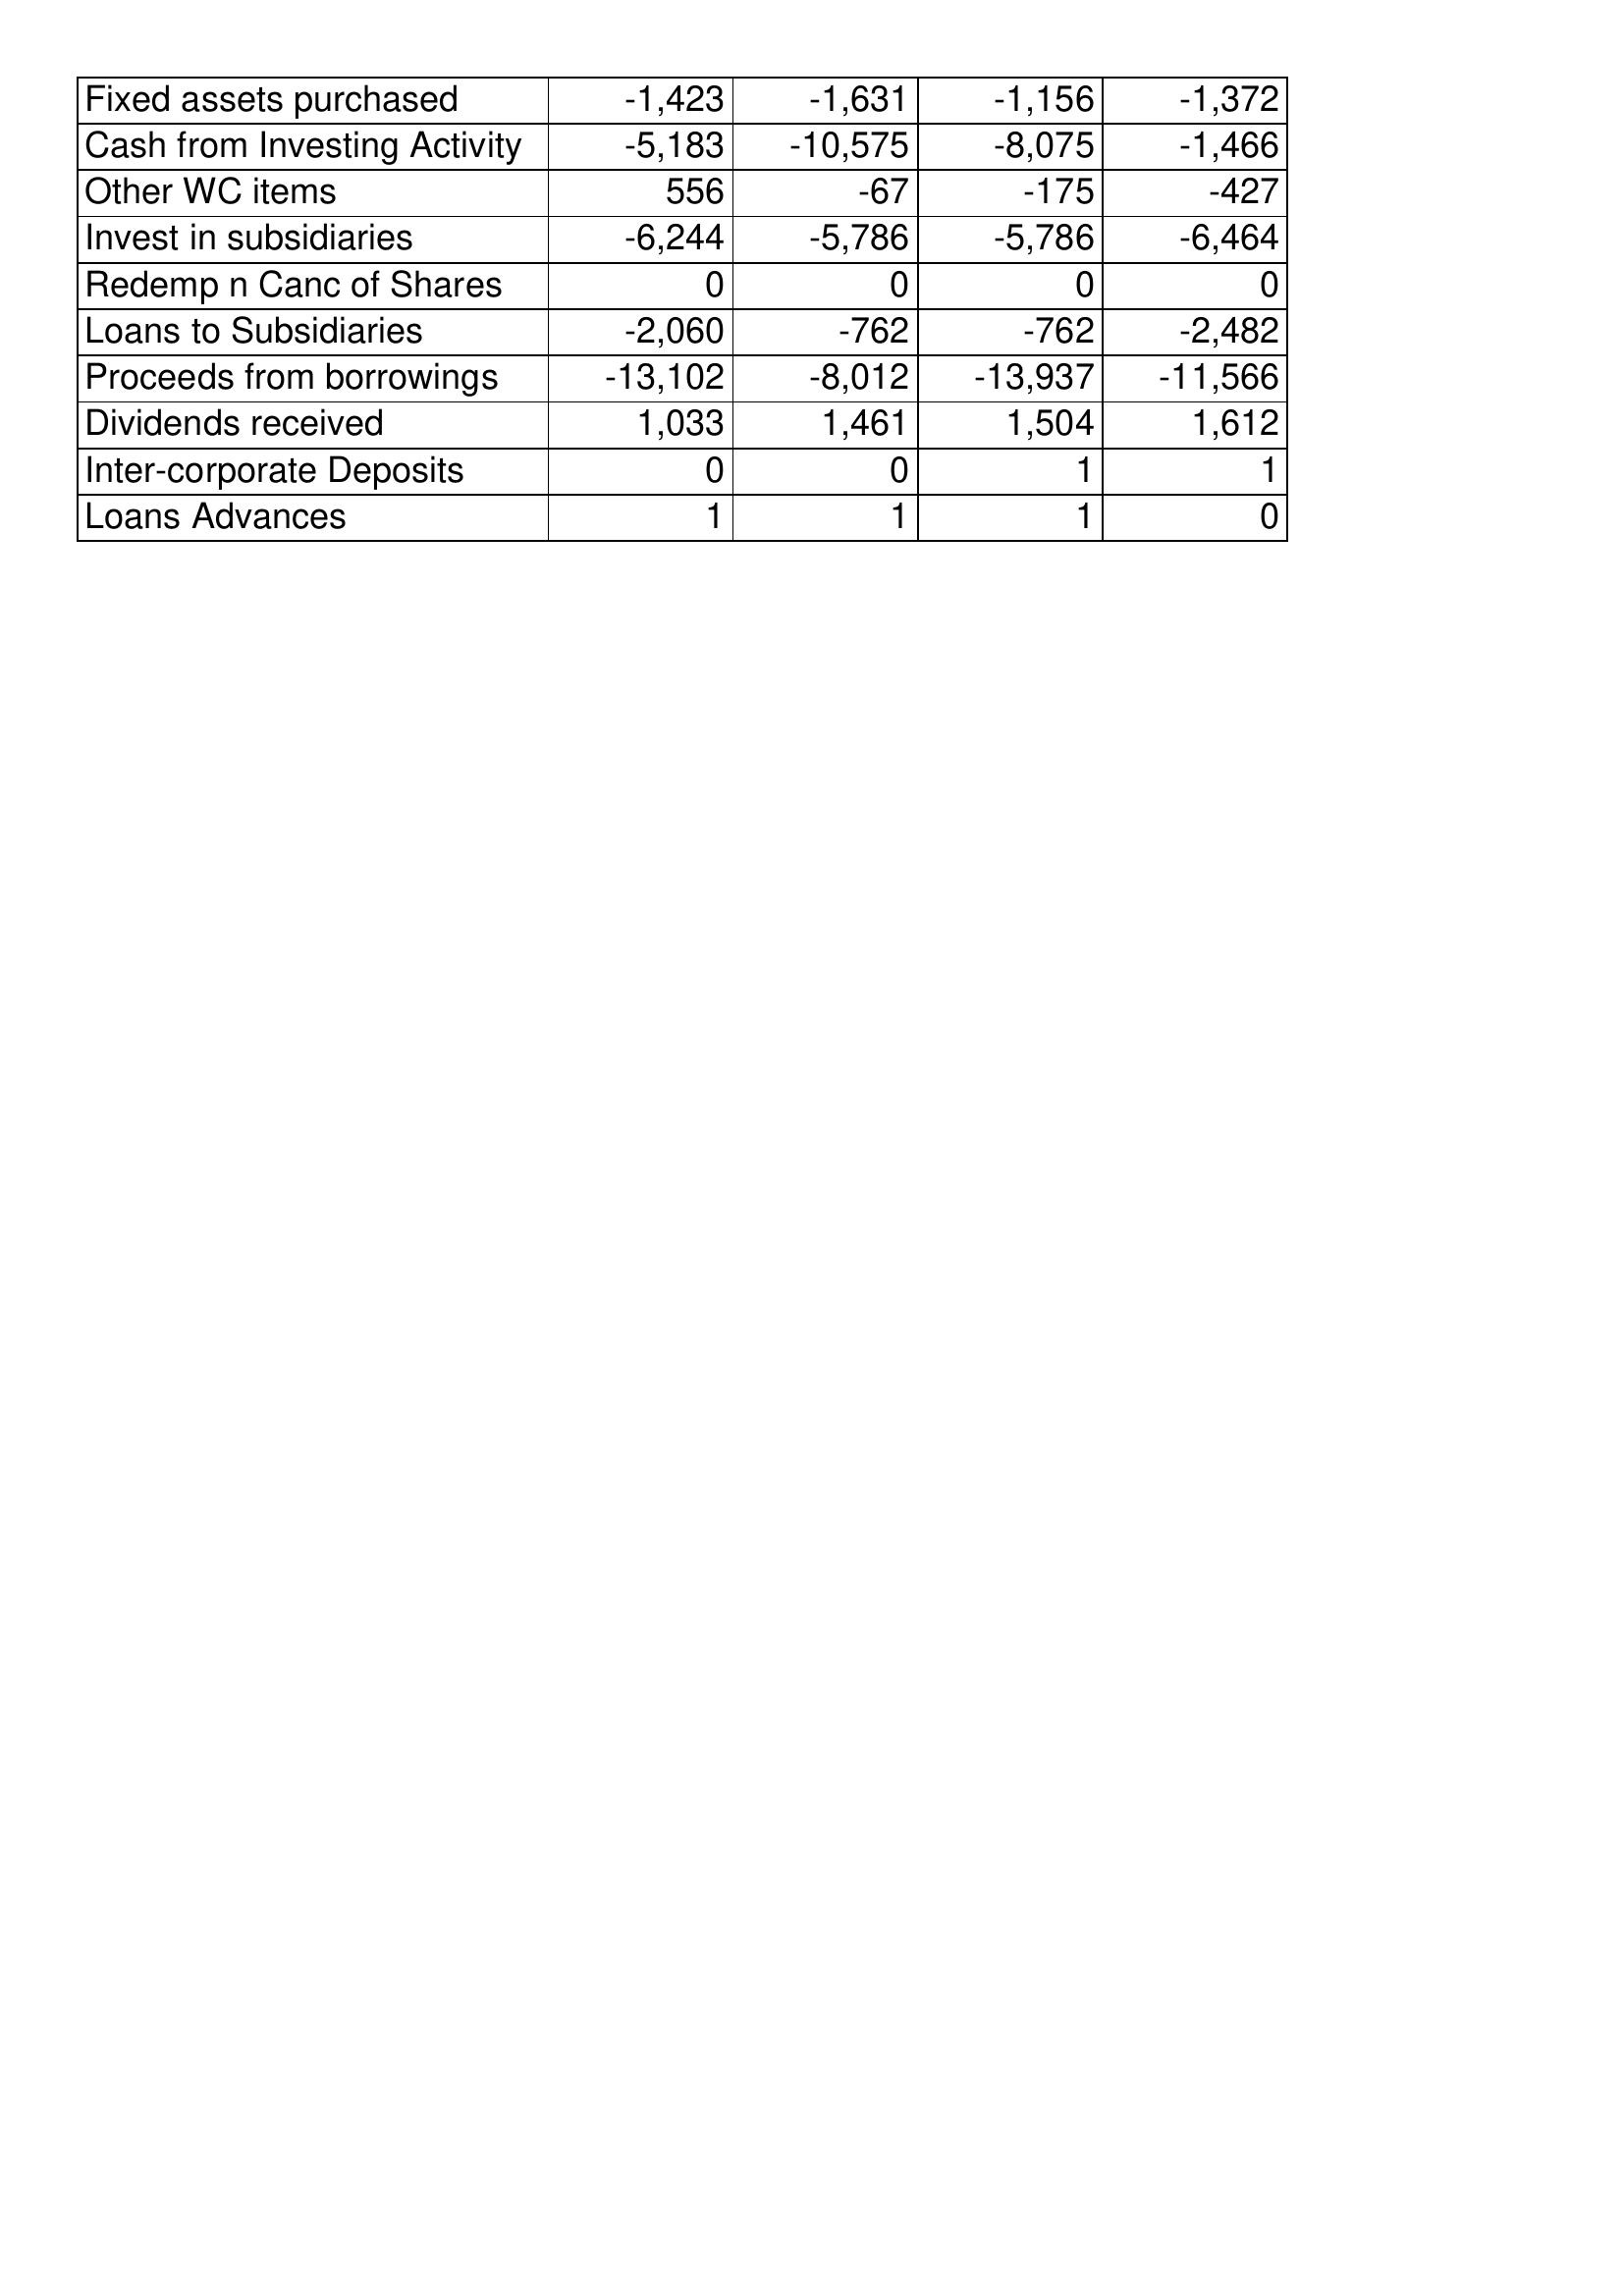
Feb-15: Cash Flows: Fixed assets purchased: -1,423
Cash from Investing Activity: -5,183
Other WC items: 556
Invest in subsidiaries: -6,244
Redemp n Canc of Shares: 0
Loans to Subsidiaries: -2,060
Proceeds from borrowings: -13,102
Dividends received: 1,033
Inter-corporate Deposits: 0
Loans Advances: 1
Feb-16: Cash Flows: Fixed assets purchased: -1,631
Cash from Investing Activity: -10,575
Other WC items: -67
Invest in subsidiaries: -5,786
Redemp n Canc of Shares: 0
Loans to Subsidiaries: -762
Proceeds from borrowings: -8,012
Dividends received: 1,461
Inter-corporate Deposits: 0
Loans Advances: 1
Feb-17: Cash Flows: Fixed assets purchased: -1,156
Cash from Investing Activity: -8,075
Other WC items: -175
Invest in subsidiaries: -5,786
Redemp n Canc of Shares: 0
Loans to Subsidiaries: -762
Proceeds from borrowings: -13,937
Dividends received: 1,504
Inter-corporate Deposits: 1
Loans Advances: 1
Feb-18: Cash Flows: Fixed assets purchased: -1,372
Cash from Investing Activity: -1,466
Other WC items: -427
Invest in subsidiaries: -6,464
Redemp n Canc of Shares: 0
Loans to Subsidiaries: -2,482
Proceeds from borrowings: -11,566
Dividends received: 1,612
Inter-corporate Deposits: 1
Loans Advances: 0